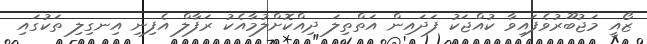
ޒޯއީ މަޖުބޫރުވެފައިވާ ކުއްޖަކު ފަދައިން އަތްތިލަ ދިއްކޮށްލުމާއެކު ރަފާލް އެފިނި އިނގިލި ތަކުގައި